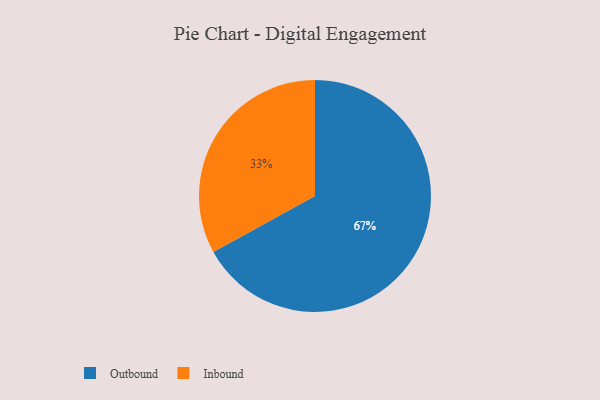
{"axis": {"x": "Category", "y": "Percentage"}, "legend": ["Inbound", "Outbound"], "data": [{"x": "Inbound", "y": 33, "type": "Inbound"}, {"x": "Outbound", "y": 67, "type": "Outbound"}]}